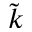
\tilde { k }